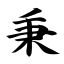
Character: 秉